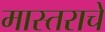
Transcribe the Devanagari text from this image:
मास्तराचे